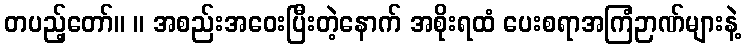
တပည့်တော်။ ။ အစည်းအဝေးပြီးတဲ့နောက် အစိုးရထံ ပေးစရာအကြံဉာဏ်များနဲ့